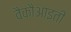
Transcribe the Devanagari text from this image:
वैकौआइती